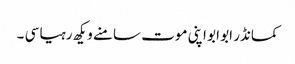
کمانڈر ابو ابو اپنی موت سامنے ویکھ رہیا سی ۔